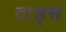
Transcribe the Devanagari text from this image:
वाड्स